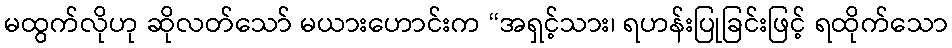
မထွက်လိုဟု ဆိုလတ်သော် မယားဟောင်းက “အရှင့်သား၊ ရဟန်းပြုခြင်းဖြင့် ရထိုက်သော